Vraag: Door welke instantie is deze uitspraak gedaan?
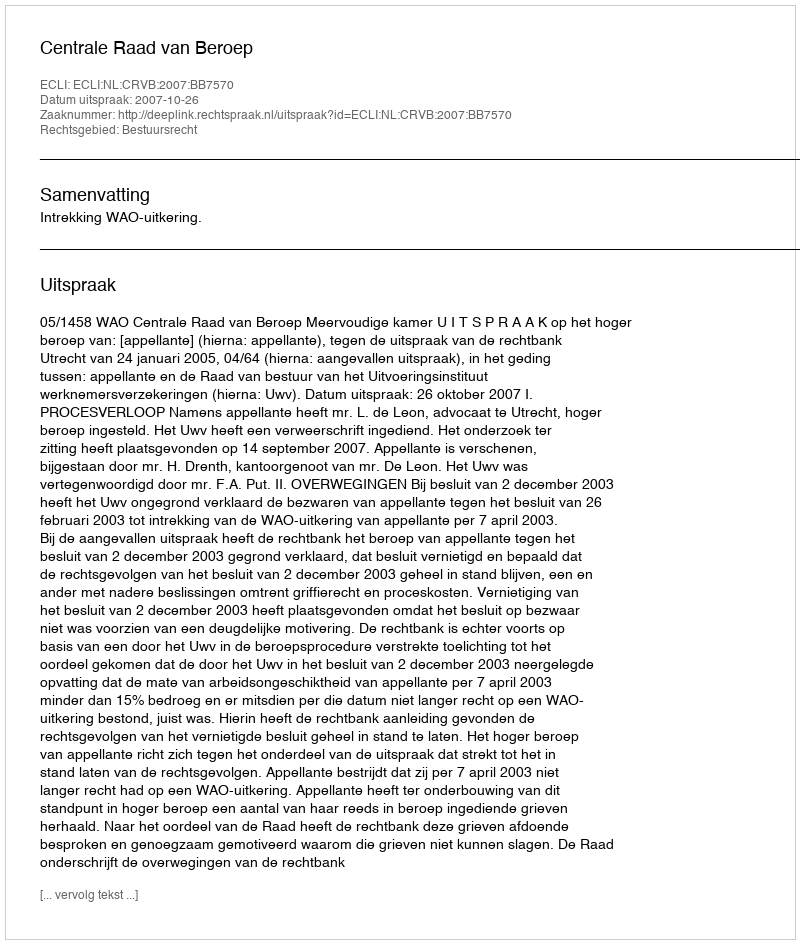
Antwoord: Centrale Raad van Beroep